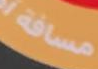
مسافة